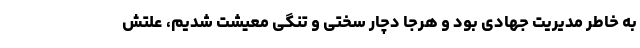
به خاطر مدیریت جهادی بود و هرجا دچار سختی و تنگی معیشت شدیم، علتش